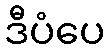
ဒီပံပေ